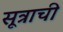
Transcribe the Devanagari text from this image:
सूत्राची